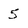
Character: 5